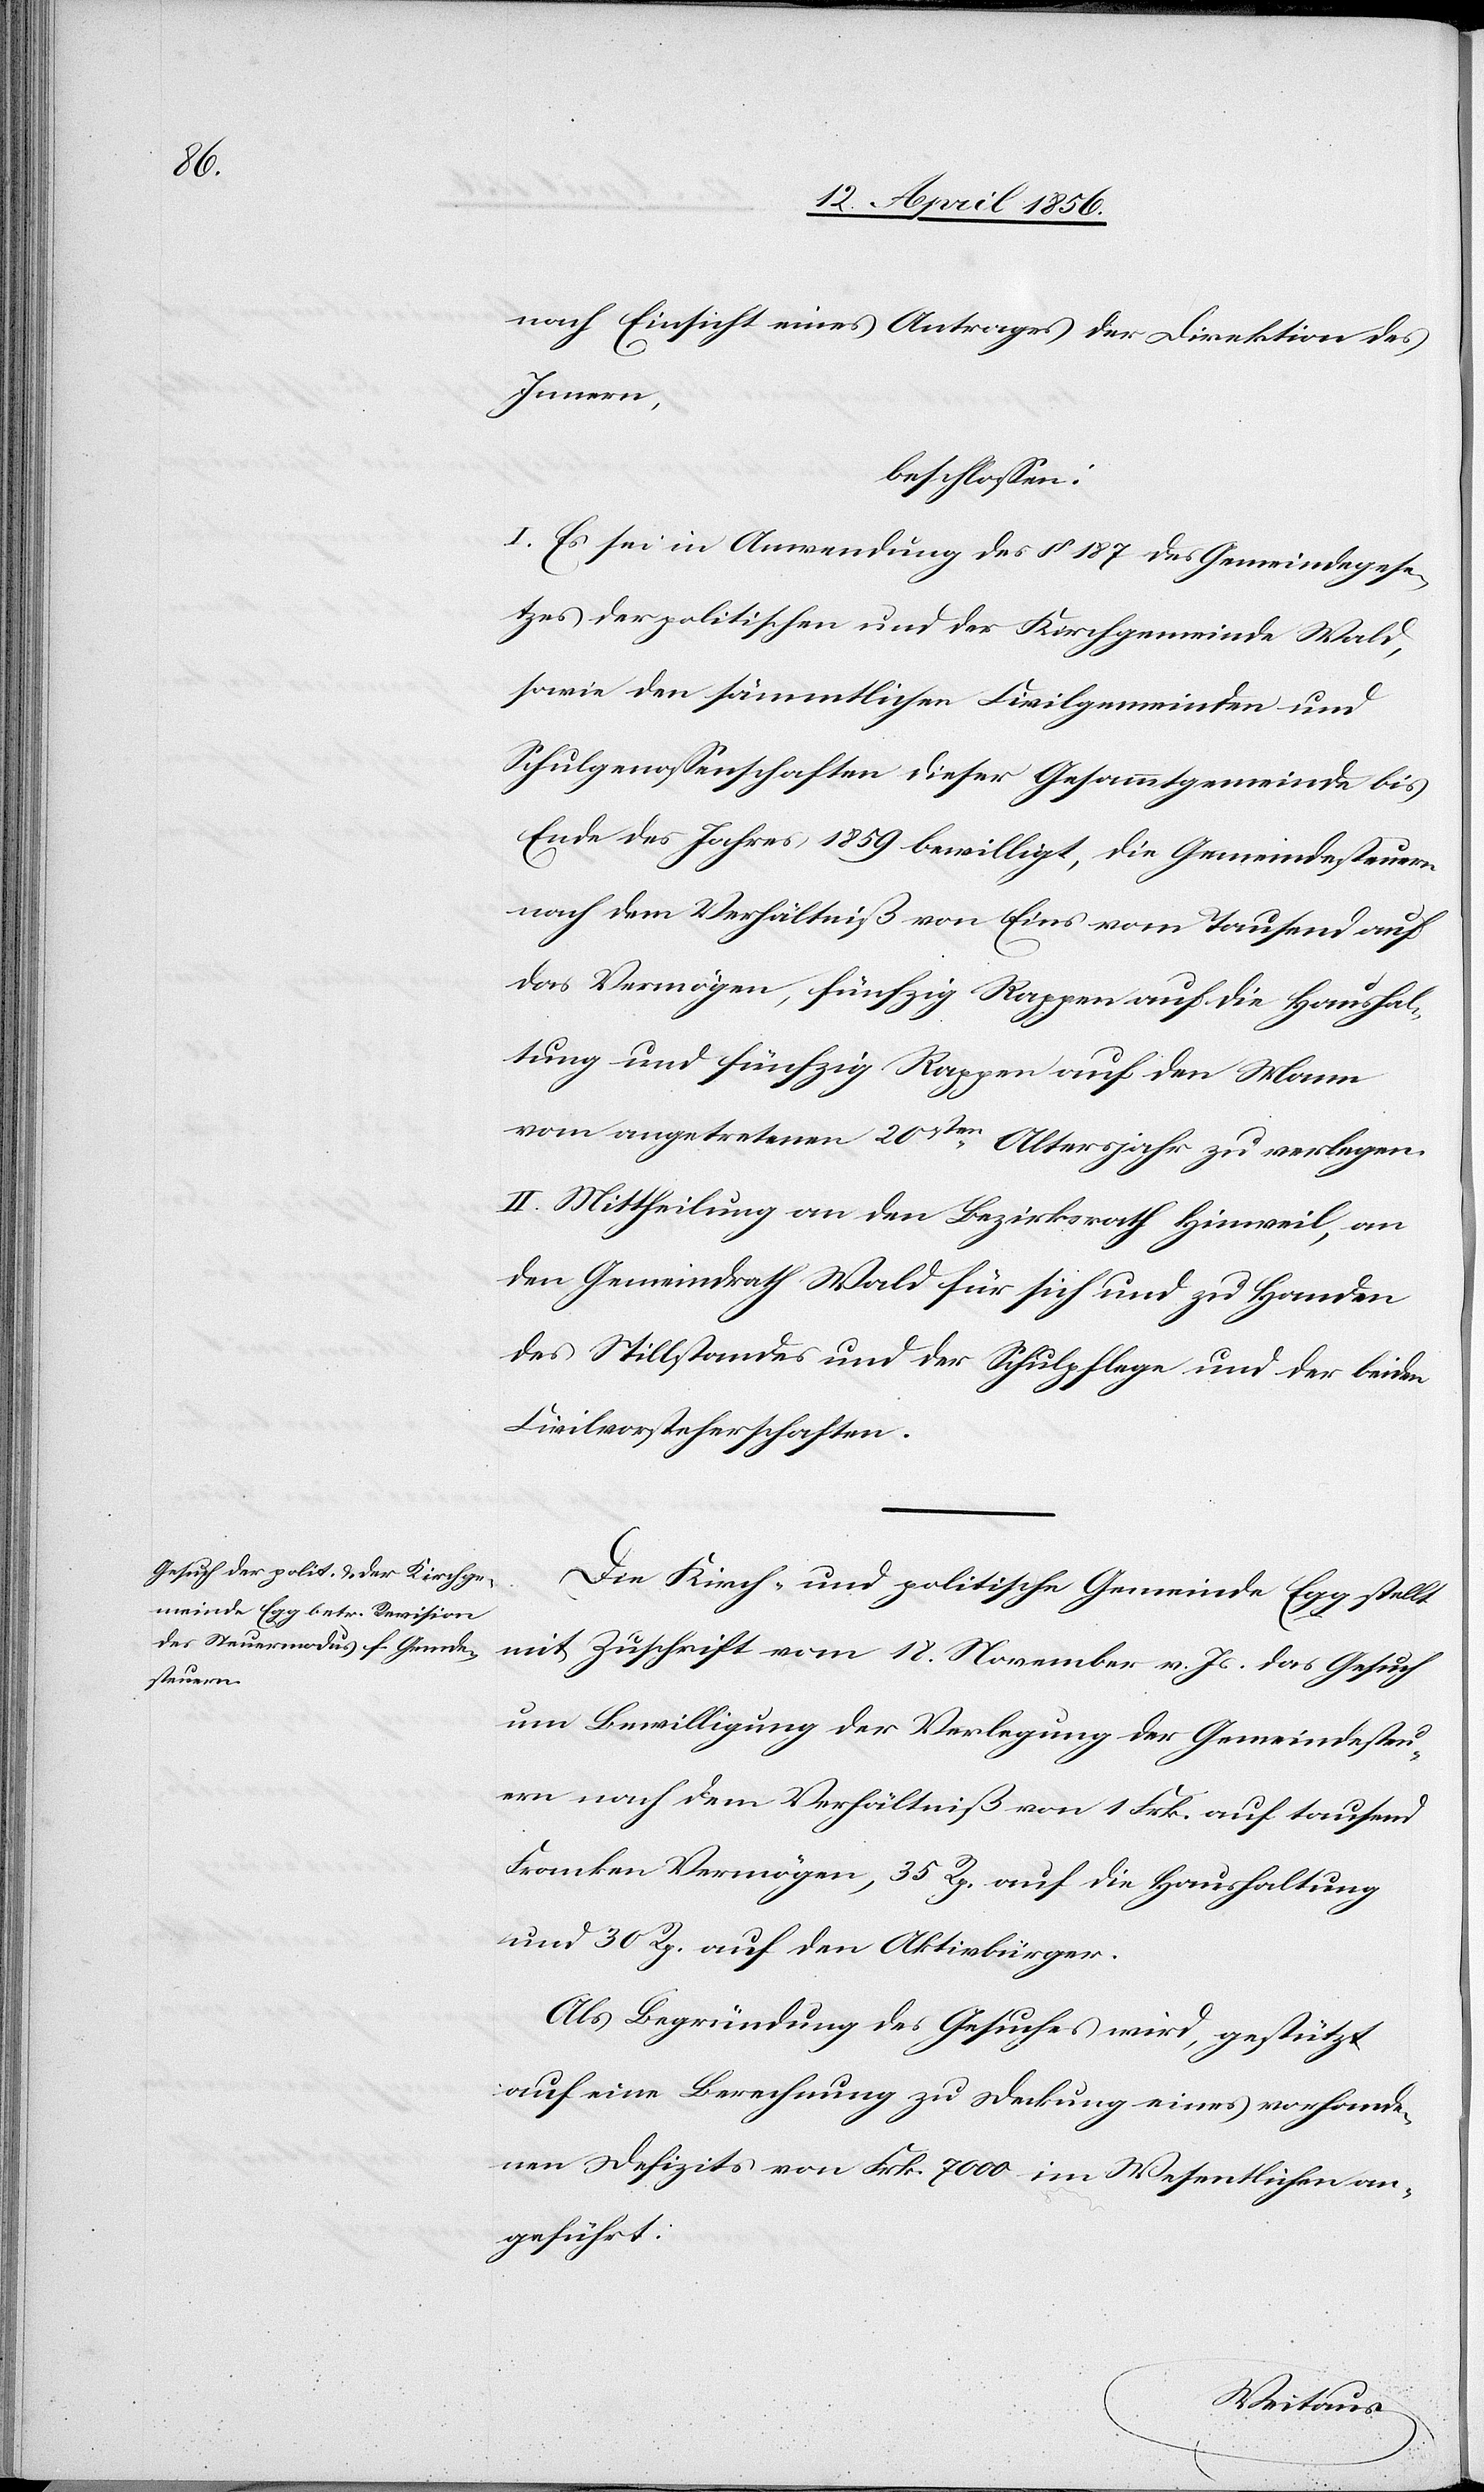
nach Einsicht eines Antrages der Direktion des
Innern,
beschlossen:
I. Es sei in Anwendung des § 187 des Gemeindegese¬
tzes der politischen und der Kirchgemeinde Wald,
sowie den sämmtlichen Civilgemeinden und
Schulgenossenschaften dieser Gesammtgemeinde bis
Ende des Jahres 1859 bewilligt, die Gemeindesteuern
nach dem Verhältniß von Eins vom Tausend auf
das Vermögen, fünfzig Rappen auf die Haushal¬
tung und fünfzig Rappen auf den Mann
vom angetretenen 20sten Altersjahr zu verlegen.
II. Mittheilung an den Bezirksrath Hinweil, an
den Gemeindrath Wald für sich und zu Handen
des Stillstandes und der Schulpflege und der beiden
Civilvorsteherschaften.
Die Kirch- und politische Gemeinde Egg stellt
mit Zuschrift vom 18. November v. Js. das Gesuch
um Bewilligung der Verlegung der Gemeindesteu¬
ern nach dem Verhältniß von 1 Frk. auf tausend
Franken Vermögen, 35 Rp. auf die Haushaltung
und 30 Rp. auf den Aktivbürger.
Als Begründung des Gesuches wird, gestützt
auf eine Berechnung zu Deckung eines vorhande¬
nen Defizits von Frk. 7000 im Wesentlichen an¬
geführt: